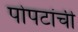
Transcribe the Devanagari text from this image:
पोपटांची